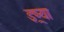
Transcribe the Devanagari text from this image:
इष्र्या